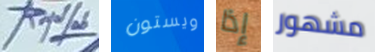
RoyalLab ويستون إذا مشهور